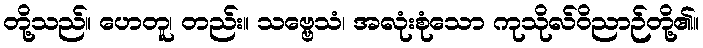
တို့သည်။ ဟေတူ၊ တည်း။ သဗ္ဗေသံ၊ အလုံးစုံသော ကုသိုလ်ဝိညာဉ်တို့၏။